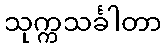
သုက္ကသင်္ခါတာ